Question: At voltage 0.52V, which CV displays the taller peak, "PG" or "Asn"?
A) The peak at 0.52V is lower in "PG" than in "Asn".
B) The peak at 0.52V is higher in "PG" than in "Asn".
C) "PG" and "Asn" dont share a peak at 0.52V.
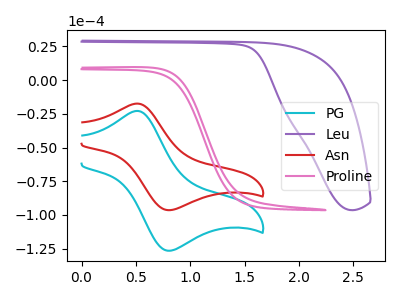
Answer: <think>The cyan curve "PG" has an anodic peak at (0.50V, -22.90uA) and a cathodic peak at (0.80V, -126.45uA). The purple curve "Leu" has no peaks. The red curve "Asn" has an anodic peak at (0.50V, -17.45uA) and a cathodic peak at (0.80V, -96.40uA). The pink curve "Proline" has no peaks.</think>
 <answer>A) The peak at 0.52V is lower in "PG" than in "Asn".</answer>
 <eval>A</eval>